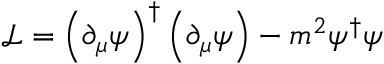
\mathcal { L } = \left( \partial _ { \mu } \psi \right) ^ { \dagger } \left( \partial _ { \mu } \psi \right) - m ^ { 2 } \psi ^ { \dagger } \psi